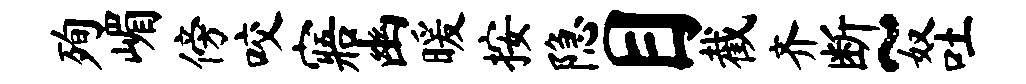
殉嵋傍咬寤幽暖按隐目截齐断~奴吐